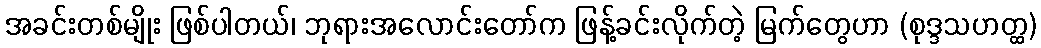
အခင်းတစ်မျိုး ဖြစ်ပါတယ်၊ ဘုရားအလောင်းတော်က ဖြန့်ခင်းလိုက်တဲ့ မြက်တွေဟာ (စုဒ္ဒသဟတ္ထ)